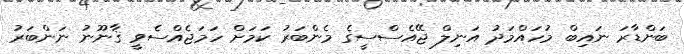
ބަންޑާރަ ނައިބް މުހައްމަދު އަނިލް ޖޭއެސްސީގެ މެންބަރު ކަމަށް ހަމަޖެއްސެވީ ޤާނޫނު ނަންބަރު